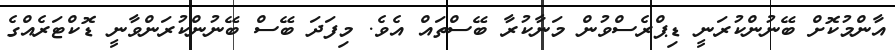
އާންމުކޮށް ބޭނުންކުރަނީ ޑިޕްރެސްވުން މަނާކުރާ ބޭސްތައް އެވެ. މިފަދަ ބޭސް ބޭނުންކުރަންވާނީ ޑޮކްޓަރެއްގެ